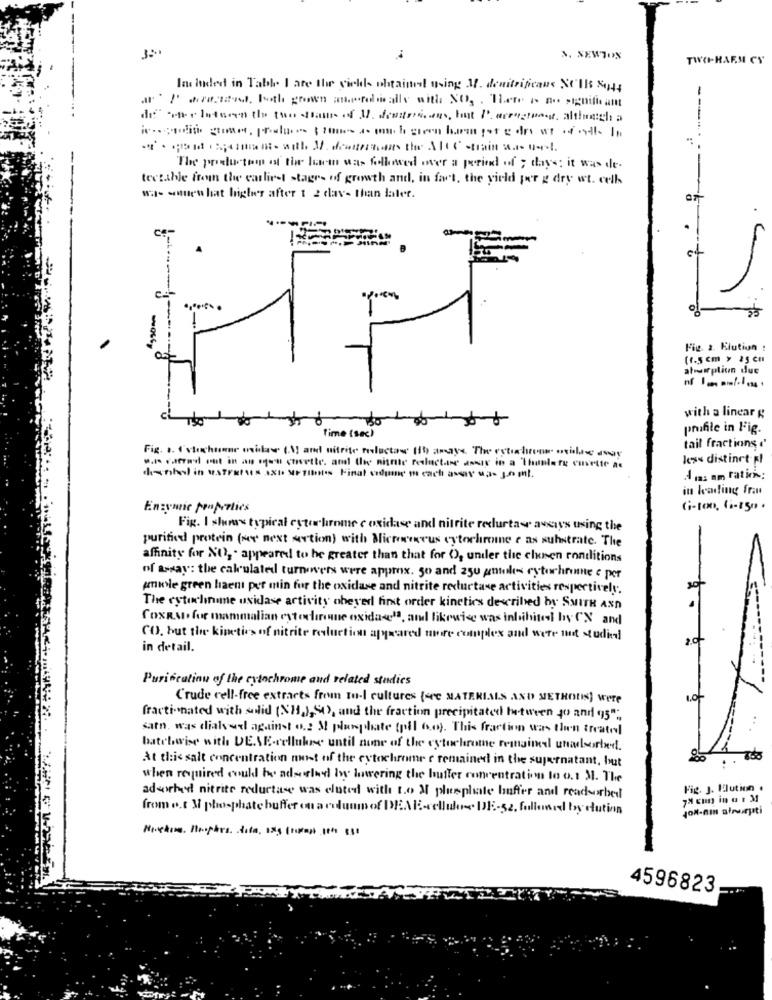
N. NEWTON
TWO-HARM CY
Included in Table I are the girlds obtainst using M. denitrificaus Nell 844
a' I' arezzod. both grown aufdiealle with NO. . There is no significant
--
de" we Intown the two straus of M. destress, but I. acrossest. although a
..
The production of the hvem was followed over a period of ; days: it was de.
tectable froun the earliest stages of growth and, in fact, the yield per g dry wt. cell
was- sales hat higher after 1 2 day- than later.
CS
Fig. 2. Elution :
(1.5 cm > 25 cm
atrairpliun due
with a linear g
prufile in Fig.
Time (sec)
Fig. .. Istochunne midas (N) and nitrite toluctaw 11b) amays. The estishroom ohlas away
tail fractions '
w.n carried out in an men cuvette, and the nitrate reluctare asway in a Thanlere cuvette as
less distinct pl
dental in stratus axIo METIENS Final vidune m each assar us- 1,0 ml.
4 ia: am ration;
in leading fra
Enzynic properties
Gi-ton, (i-z5m .
Fig. I slams typical cytochrome c oxidase and nitrite reductase avsays using the
purified protein (My next section) with Miceneneus cytochrome e as substrate. The
affinity for NO, . appeared to be greater than that for O, under the clunen rontitions
of tosay: the calculated turnovers were approx. 50 and 250 antoles rytochronne e per
amole green haent per min for the oxidase and nitrite recurtase activities respectively.
The cytochname oxidase activity obeyed first order kinetics described by SMITH AND
COXRM, for mammalian cytodoroune oxida-", and likewise was inhibited by CX and
CO. but the kinetics of nitrite reduction appeared more complex and were not studiel
in detail.
Purification of the cytochrome and related studies
Crude cell-free extracts from To-I cultures (er MATERIALS AND METHODS] Were
LO
fractionated with solid (NH2),50), and the fraction precipitated between to and 95".
satt, was dialswel against o .: M plassphate (pil 6.o). This fraction was then treated
batelwise with DEVE-cellukee until none of the cytochrome remained utadsorted.
At this salt concentration most of the cytochrome e remained in the supernatant, but
when required could be adsurlaed by lowering the butter concentration to o.1 M. The
Fig. J. Elution .
adsorhaut nitrite reductase was eluted with to M phosphate buffer and readsorbet
from o.t 3 phosphate buffer on a column of DEAE- club- DE-52, followed by olution
JON-am aluiriti
4596823